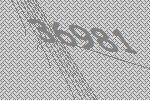
36981